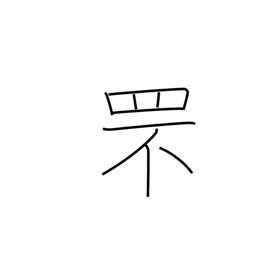
Meaning: rabbit catching net